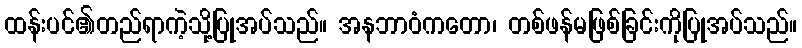
ထန်းပင်၏တည်ရာကဲ့သို့ပြုအပ်သည်။ အနဘာဝံကတော၊ တစ်ဖန်မဖြစ်ခြင်းကိုပြုအပ်သည်။